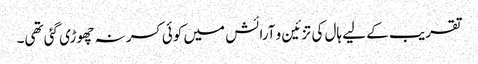
تقریب کے لیے ہال کی تزئین و آرائش میں کوئی کسر نہ چھوڑی گئی تھی۔